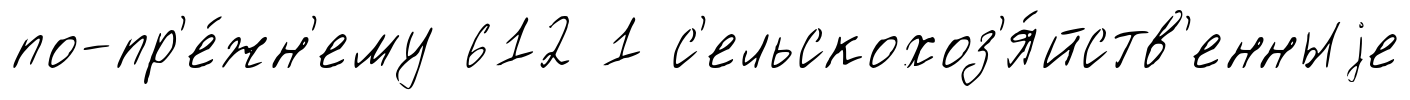
по-пр'е́жн'ему 612 1 с'ельскохоз'я́йств'енныjе